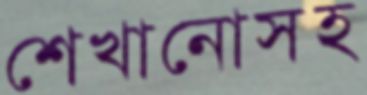
শেখানোসহ